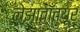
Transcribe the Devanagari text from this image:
लेझावाँत्यूर